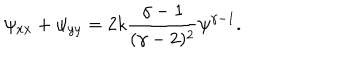
LaTeX: \psi _ { x x } + \psi _ { y y } = 2 k { \frac { \gamma - 1 } { ( \gamma - 2 ) ^ { 2 } } } \psi ^ { \gamma - 1 } .